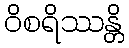
ဝိစရိဿန္တိ